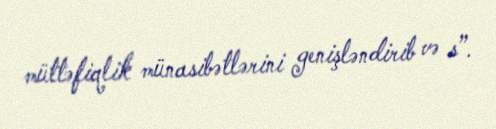
müttəfiqlik münasibətlərini genişləndirib və s”.